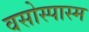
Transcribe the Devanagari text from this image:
वसोस्पास्म